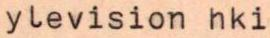
ylevision hki